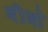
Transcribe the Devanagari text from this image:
बीबो